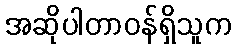
အဆိုပါတာဝန်ရှိသူက